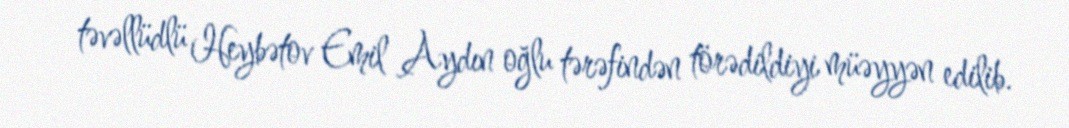
təvəllüdlü Heybətov Emil Aydın oğlu tərəfindən törədildiyi müəyyən edilib.